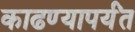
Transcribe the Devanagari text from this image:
काढण्यापर्यंत